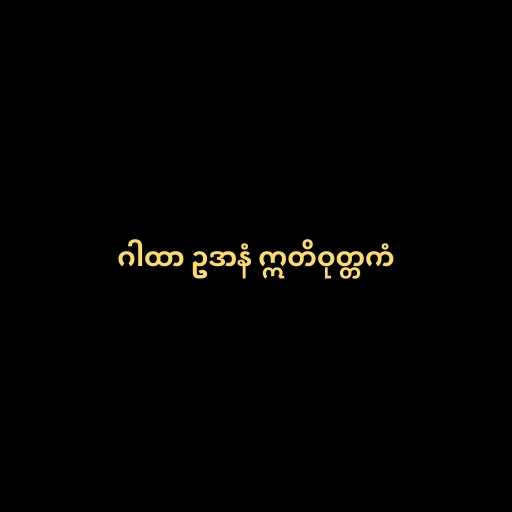
ဂါထာ ဥဒာနံ ဣတိဝုတ္တကံ